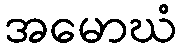
အမောဃံ